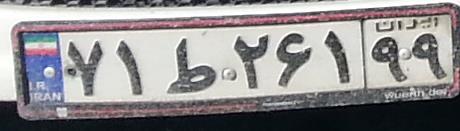
۷۱ط۲۶۱۹۹